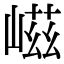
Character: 嵫